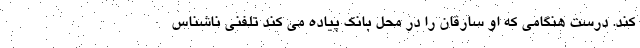
کند. درست هنگامی که او سارقان را در محل بانک پیاده می کند تلفنی ناشناس